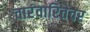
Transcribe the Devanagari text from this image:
वारंवारितेवर